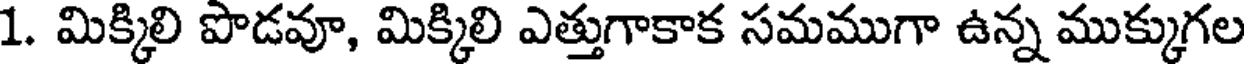
1. మిక్కిలి పొడవూ, మిక్కిలి ఎత్తుగాకాక సమముగా ఉన్న ముక్కుగల